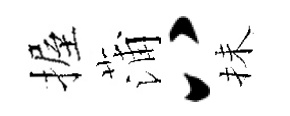
握蒲八抺